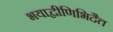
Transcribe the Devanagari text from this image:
भयाद्वीणिभिदैत्त